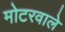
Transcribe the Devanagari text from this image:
मोटरवाले